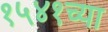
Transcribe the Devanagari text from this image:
१५४१च्या